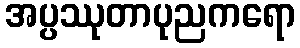
အပ္ပဿုတာပုညကရော